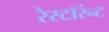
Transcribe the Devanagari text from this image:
रेस्टॉरंन्ट